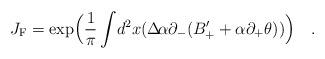
LaTeX: \begin{align*}J_{\rm{F}}=\exp\Bigl(\frac{ 1}{ \pi} \int\! d^2 x ( \Delta\! \alpha \partial_{-}(B_{+}^{\prime} + \alpha \partial_{+} \theta ))\Bigr) \quad.\end{align*}